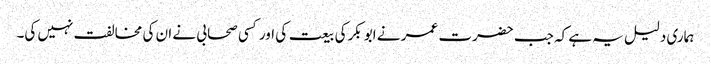
ہماری دلیل یہ ہے کہ جب حضرت عمر نے ابو بکرکی بیعت کی اور کسی صحابی نے ان کی مخالفت نہیں کی۔